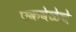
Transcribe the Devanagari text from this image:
एकवेळेचे